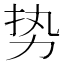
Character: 势